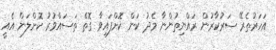
އަހަރުތެރޭ ސަރުކާރުން ރައްޔިތުންނާ މެދު ކަން ކޮށްފައިވާ ގޮތް ތަސައްވުރު ކޮށްލަން އެއީ